Vana-Kasaritsa_(Kasaritsa)_vallavalitsus, lk 30
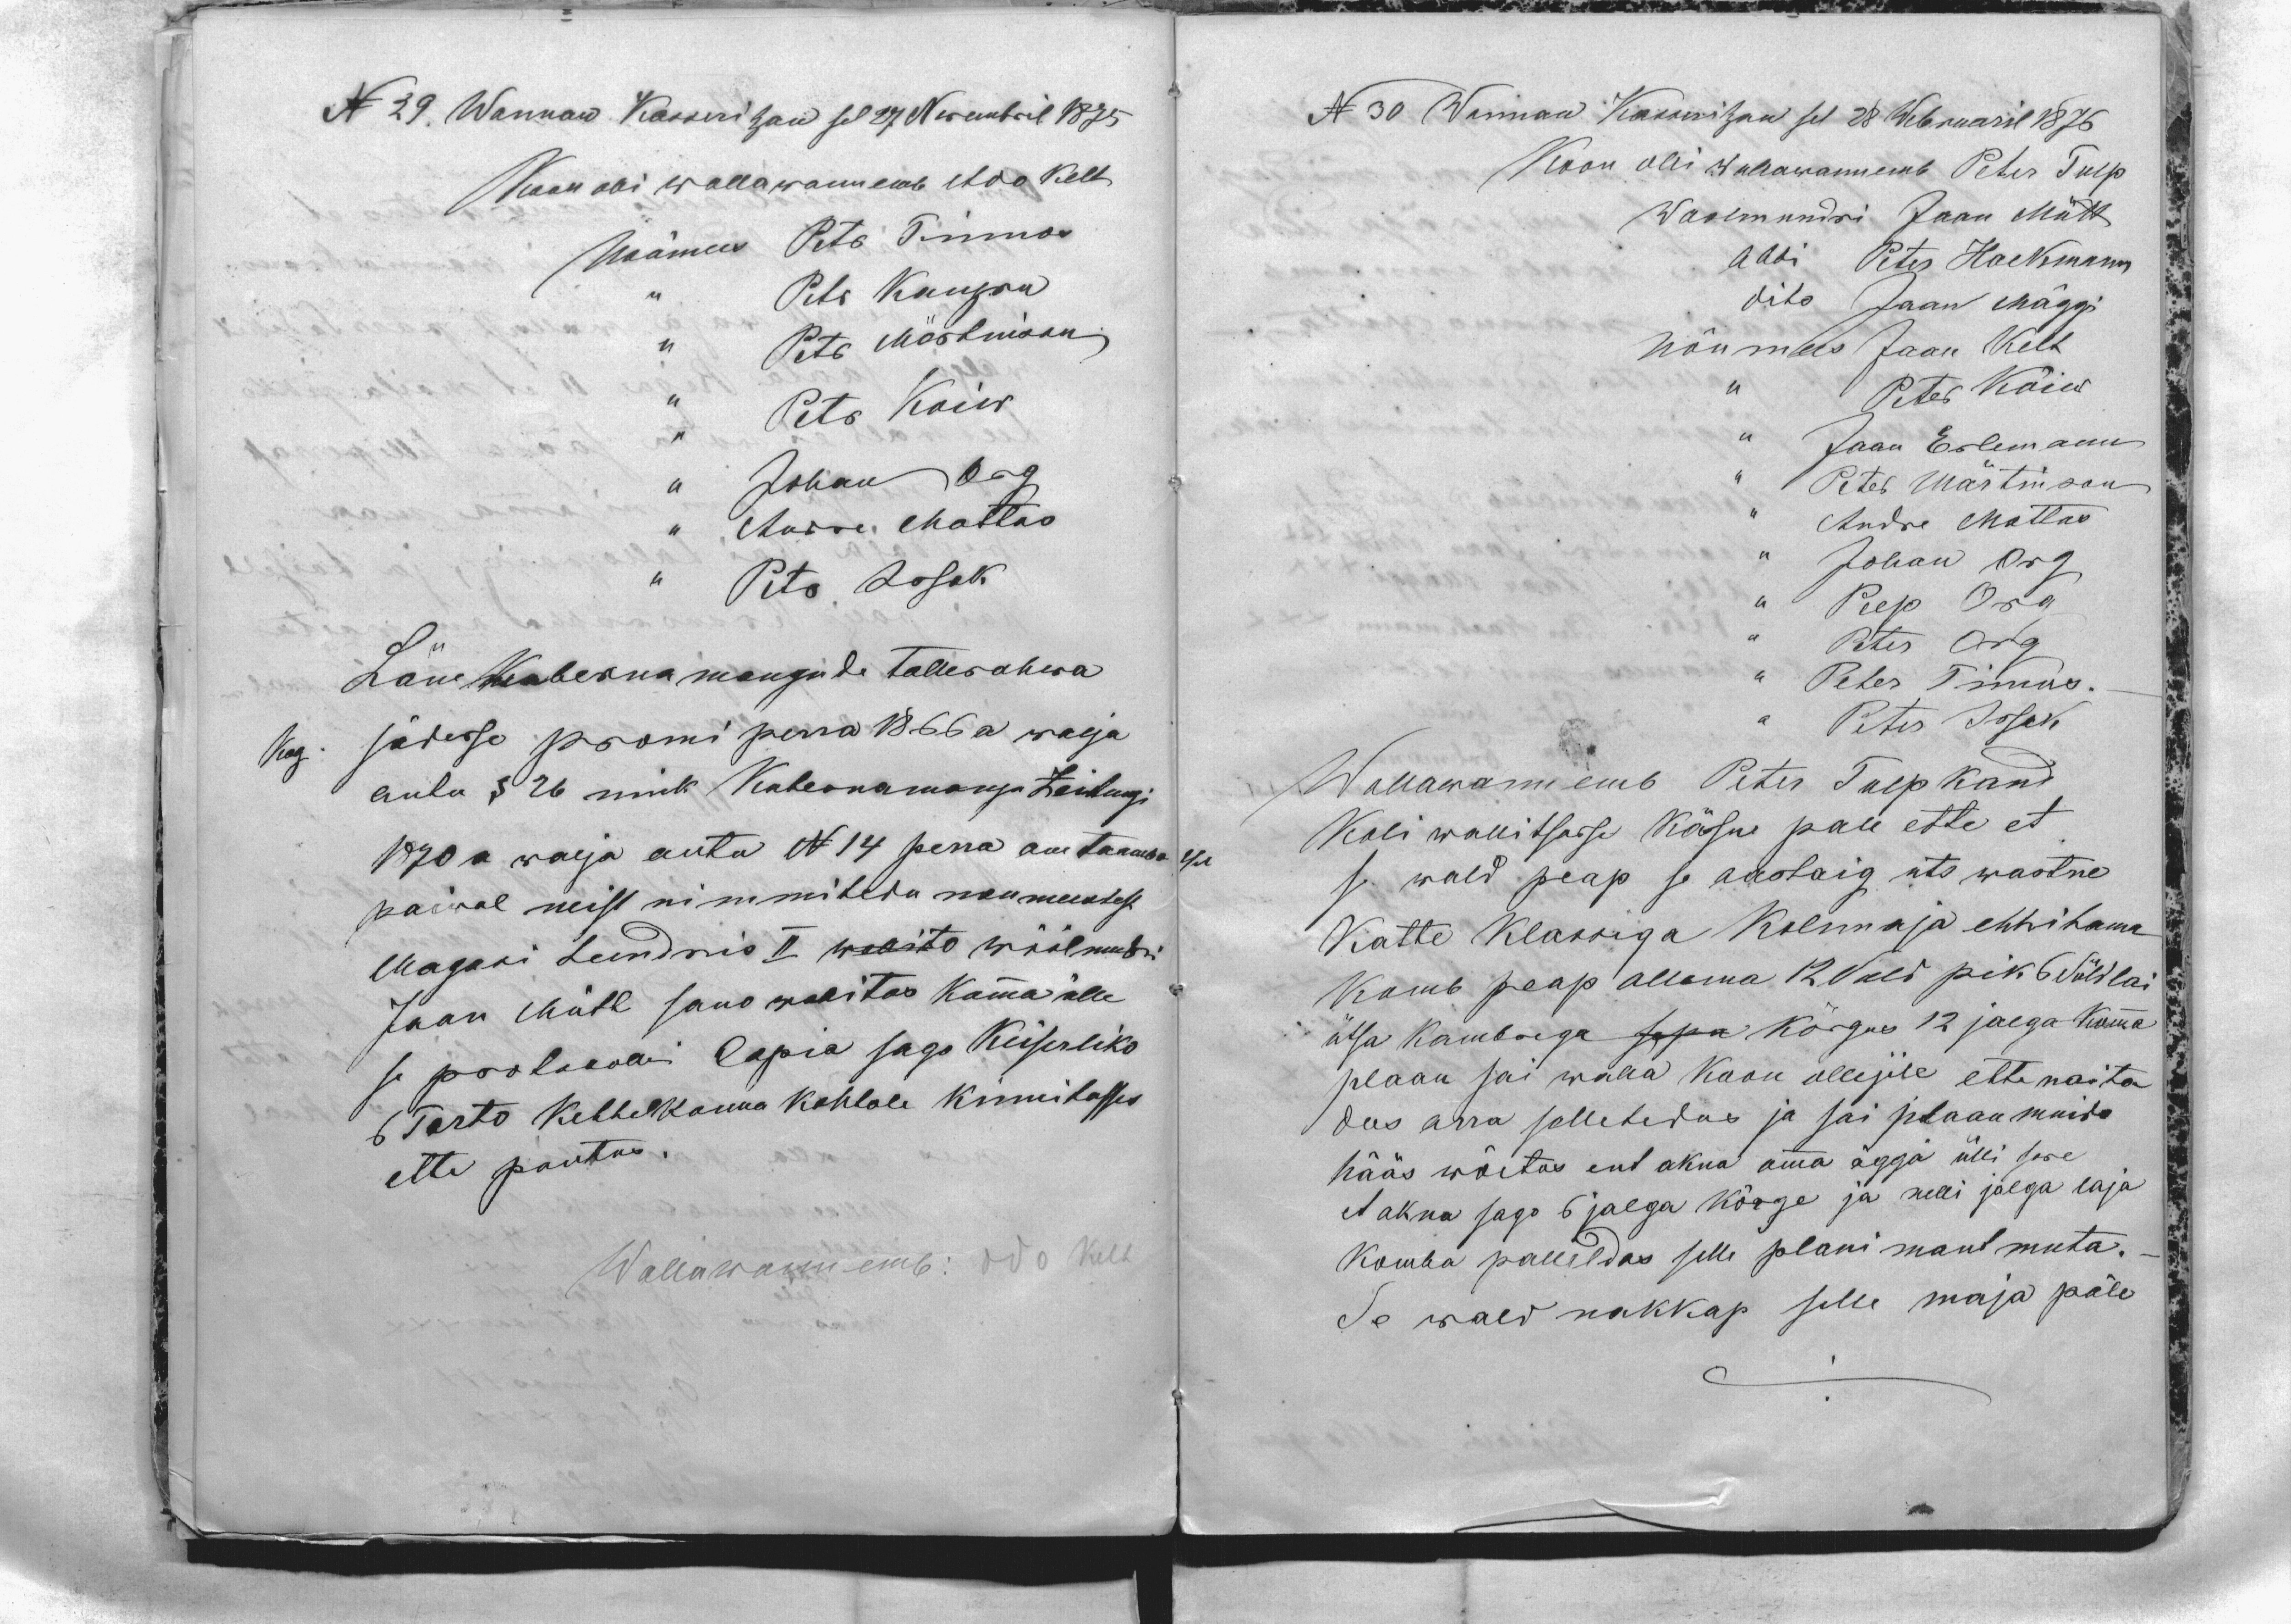
N 29. Wannan Kasseritzan sel 27 Novembril 1875
Koon olli wallawannemb Ado Kelt
Nõumees Petr Tinnos
,, Petr Kangru
,, Petr Märtinson
,, Petr Koiw
,, Johan Org
,, Andri Mottus
,, Petr Issak
Läne Kubernamangude Tallerahwa
Kog. sädesse promi perra 1866 a walja
antu § 26 nink Kubernamangu Zeitungi
1870 a walja antu N 14 perra om taambatsel
paiwal neist nimmitedu noumeestest
Magasi tundnis II wallito wöölmundri
Jaan Mütt sano walitas komma ülle
se protocolli Copia sago Keiserliko
6 Tarto Kihhelkonna kohtole kinnitasses
ette pantus.
Wallawannemb: Ado Kelt

N 30 Wannan Kasseritzan sel 28 Webruaril 1876
Koon olli wallawannemb Peter Tulp
Woolmundri Jaan Mütt
Abbi Peter Hackmann
dito Jaan Mäggi
Nõumees Jaan Kelt
,, Peter Kõiw
,, Jaan Erlemann
,, Peter Märtinson
,, Andri Mottus
,, Johan Org
,, Peep Org
,, Peter Org
,, Peter Tinnos.
,, Peter Issak
Wallawannemb Peter Tulp kand
Koli wallitsusse Kässu pale ette et
s wald peap se aastaig uts wastne
Katte Klassiga Kolimaja ehhitama
Komb peap ollema 12 Suld pik 6 Süld lai
ötsa kambrega sesaa kõrgus 12 jalga komma
plaan sai walla koon ollejile ette naita
dus arra selletedus ja sai plaan muido
hääs wõetus ent akna omma äggä ülli sure
et akna sago 6 jalga kõrge ja nelli jalge laja
komba palleldas selle plani mant muta.
Se wald nakkap selle maja päle